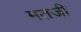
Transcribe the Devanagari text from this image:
मतजी